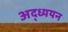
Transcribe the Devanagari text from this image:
अद्ध्ययन